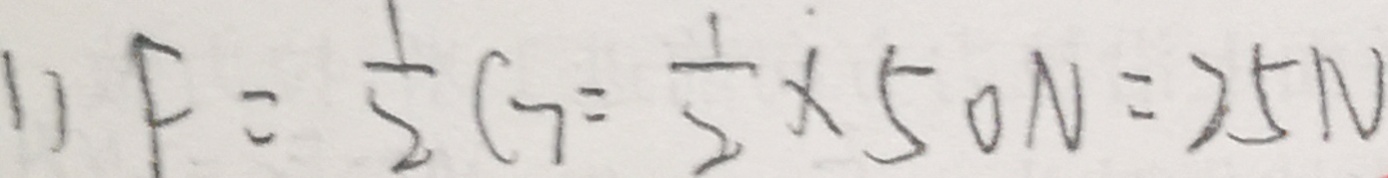
1 ) F = \frac { 1 } { 2 } G = \frac { 1 } { 2 } \times 5 0 N = 2 5 N